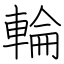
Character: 輪